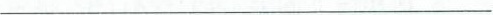
___